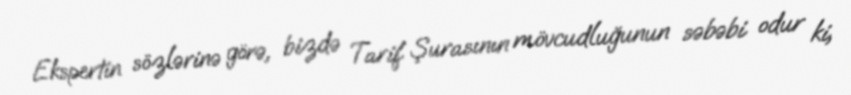
Ekspertin sözlərinə görə, bizdə Tarif Şurasının mövcudluğunun səbəbi odur ki,